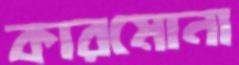
কারমোনা